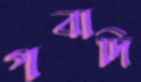
গবাদি